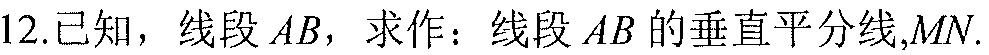
12.已知，线段\(AB\)，求作：线段\(AB\)的垂直平分线,\(MN\).